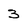
Character: 3